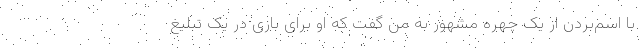
با اسم‌بردن از یک چهره مشهور به من گفت که او برای بازی در یک تبلیغ